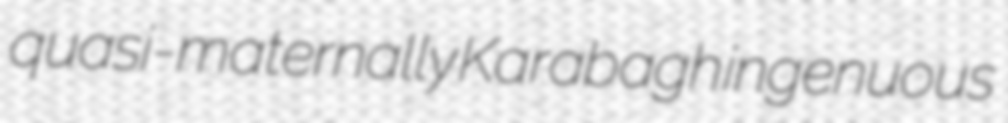
quasi-maternally Karabagh ingenuous